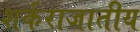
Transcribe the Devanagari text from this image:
शर्कराजातीय